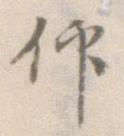
仰